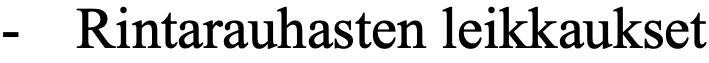
-  Rintarauhasten leikkaukset